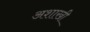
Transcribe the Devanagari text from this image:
अशाखी